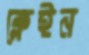
ক্লেইন